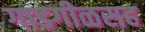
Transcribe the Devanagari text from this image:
गाडगीळसह